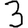
Digit: 3